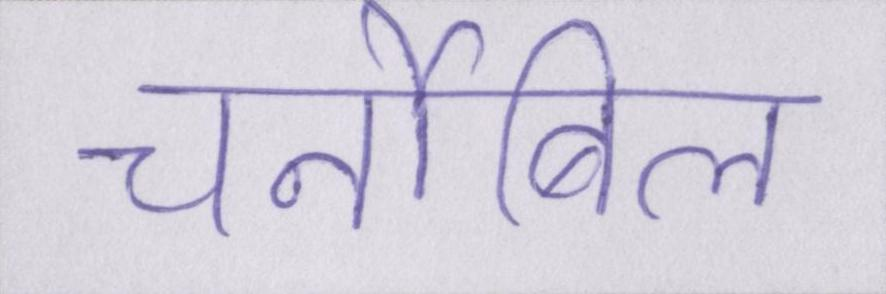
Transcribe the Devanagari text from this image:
चर्नोबिल